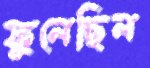
ফুলেছিল